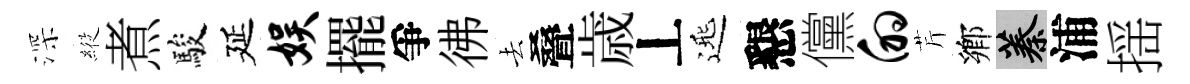
深𦂵煮駿延娱擺爭彿去叠歳丄𨓱懇儻的芹鄕蓁浦揺